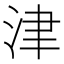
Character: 津